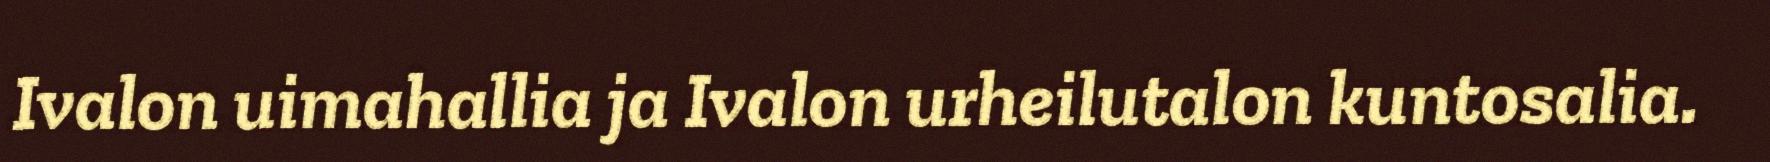
Ivalon uimahallia ja Ivalon urheilutalon kuntosalia.